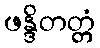
ဖန္ဒိတတ္တံ